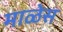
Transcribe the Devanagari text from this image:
माळेस